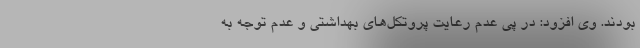
بودند. وی افزود: در پی عدم رعایت پروتکل‌های بهداشتی و عدم توجه به